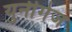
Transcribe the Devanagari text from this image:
युनीगेज